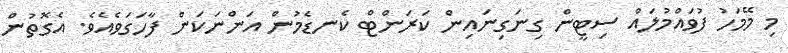
މި މޭމަހު ފުވައްމުލައް ސިޓީން ގިނަގިނައިން ކަރަންޓް ކެނޑެމުން އަންނަކަން ފާހަގަވެއެވެ. އެގޮތުން